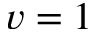
v = 1